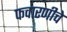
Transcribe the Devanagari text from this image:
फवारणीचे